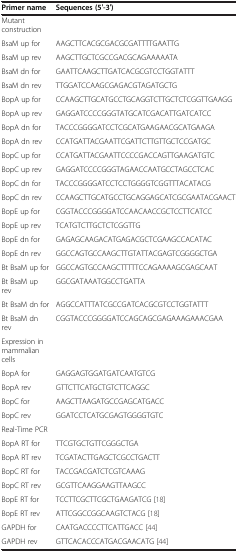
<table><thead><tr><td><b>Primer name</b></td><td><b>Sequences (5′-3′)</b></td></tr></thead><tbody><tr><td>Mutant construction</td><td> </td></tr><tr><td>BsaM up for</td><td>AAGCTTCACGCGACGCGATTTTGAATTG</td></tr><tr><td>BsaM up rev</td><td>AAGCTTGCTCGCCGACGCAGAAAAATA</td></tr><tr><td>BsaM dn for</td><td>GAATTCAAGCTTGATCACGCGTCCTGGTATTT</td></tr><tr><td>BsaM dn rev</td><td>TTGGATCCAAGCGAGACGTAGATGCTG</td></tr><tr><td>BopA up for</td><td>CCAAGCTTGCATGCCTGCAGGTCTTGCTCTCGGTTGAAGG</td></tr><tr><td>BopA up rev</td><td>GAGGATCCCCGGGTATGCATCGACATTGATCATCC</td></tr><tr><td>BopA dn for</td><td>TACCCGGGGATCCTCGCATGAAGAACGCATGAAGA</td></tr><tr><td>BopA dn rev</td><td>CCATGATTACGAATTCGATTCTTGTTGCTCCGATGC</td></tr><tr><td>BopC up for</td><td>CCATGATTACGAATTCCCCGACCAGTTGAAGATGTC</td></tr><tr><td>BopC up rev</td><td>GAGGATCCCCGGGTAGAACCAATGCCTAGCCTCAC</td></tr><tr><td>BopC dn for</td><td>TACCCGGGGATCCTCCTGGGGTCGGTTTACATACG</td></tr><tr><td>BopC dn rev</td><td>CCAAGCTTGCATGCCTGCAGGAGCATCGCGAATACGAACT</td></tr><tr><td>BopE up for</td><td>CGGTACCCGGGGATCCAACAACCGCTCCTTCATCC</td></tr><tr><td>BopE up rev</td><td>TCATGTCTTGCTCTCGGTTG</td></tr><tr><td>BopE dn for</td><td>GAGAGCAAGACATGAGACGCTCGAAGCCACATAC</td></tr><tr><td>BopE dn rev</td><td>GGCCAGTGCCAAGCTTGTATTACGAGTCGGGGCTGA</td></tr><tr><td>Bt BsaM up for</td><td>GGCCAGTGCCAAGCTTTTTCCAGAAAAGCGAGCAAT</td></tr><tr><td>Bt BsaM up rev</td><td>GGCGATAAATGGCCTGATTA</td></tr><tr><td>Bt BsaM dn for</td><td>AGGCCATTTATCGCCGATCACGCGTCCTGGTATTT</td></tr><tr><td>Bt BsaM dn rev</td><td>CGGTACCCGGGGATCCAGCAGCGAGAAAGAAACGAA</td></tr><tr><td>Expression in mammalian cells</td><td> </td></tr><tr><td>BopA for</td><td>GAGGAGTGGATGATCAATGTCG</td></tr><tr><td>BopA rev</td><td>GTTCTTCATGCTGTCTTCAGGC</td></tr><tr><td>BopC for</td><td>AAGCTTAAGATGCCGAGCATGACC</td></tr><tr><td>BopC rev</td><td>GGATCCTCATGCGAGTGGGGTGTC</td></tr><tr><td>Real-Time PCR</td><td> </td></tr><tr><td>BopA RT for</td><td>TTCGTGCTGTTCGGGCTGA</td></tr><tr><td>BopA RT rev</td><td>TCGATACTTGAGCTCGCCTGACTT</td></tr><tr><td>BopC RT for</td><td>TACCGACGATCTCGTCAAAG</td></tr><tr><td>BopC RT rev</td><td>GCGTTCAAGGAAGTTAAGCC</td></tr><tr><td>BopE RT for</td><td>TCCTTCGCTTCGCTGAAGATCG [18]</td></tr><tr><td>BopE RT rev</td><td>ATTCGGCCGGCAAGTCTACG [18]</td></tr><tr><td>GAPDH for</td><td>CAATGACCCCTTCATTGACC [44]</td></tr><tr><td>GAPDH rev</td><td>GTTCACACCCATGACGAACATG [44]</td></tr></tbody></table>